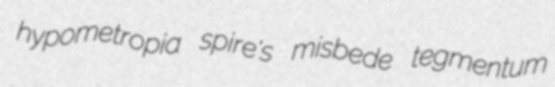
hypometropia spire's misbede tegmentum